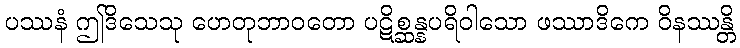
ပဿနံ ဤဒိသေသု ဟေတုဘာဝတော ပဋိစ္ဆန္နပရိဝါသော ဖဿာဒိကေ ဝိနဿန္တိ